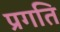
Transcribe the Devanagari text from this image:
प्रगति